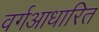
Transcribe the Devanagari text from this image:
वर्गआधारित